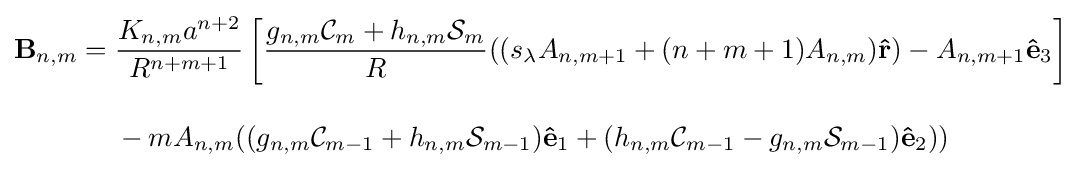
{\begin{aligned}\mathbf {B} _{n,m}={}&{\frac {K_{n,m}a^{n+2}}{R^{n+m+1}}}\left[{\frac {g_{n,m}{\mathcal {C}}_{m}+h_{n,m}{\mathcal {S}}_{m}}{R}}((s_{\lambda }A_{n,m+1}+(n+m+1)A_{n,m})\mathbf {\hat {r}} )-A_{n,m+1}\mathbf {\hat {e}} _{3}\right]\\[10pt]&{}-mA_{n,m}((g_{n,m}{\mathcal {C}}_{m-1}+h_{n,m}{\mathcal {S}}_{m-1})\mathbf {\hat {e}} _{1}+(h_{n,m}{\mathcal {C}}_{m-1}-g_{n,m}{\mathcal {S}}_{m-1})\mathbf {\hat {e}} _{2}))\end{aligned}}